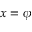
x = \phi